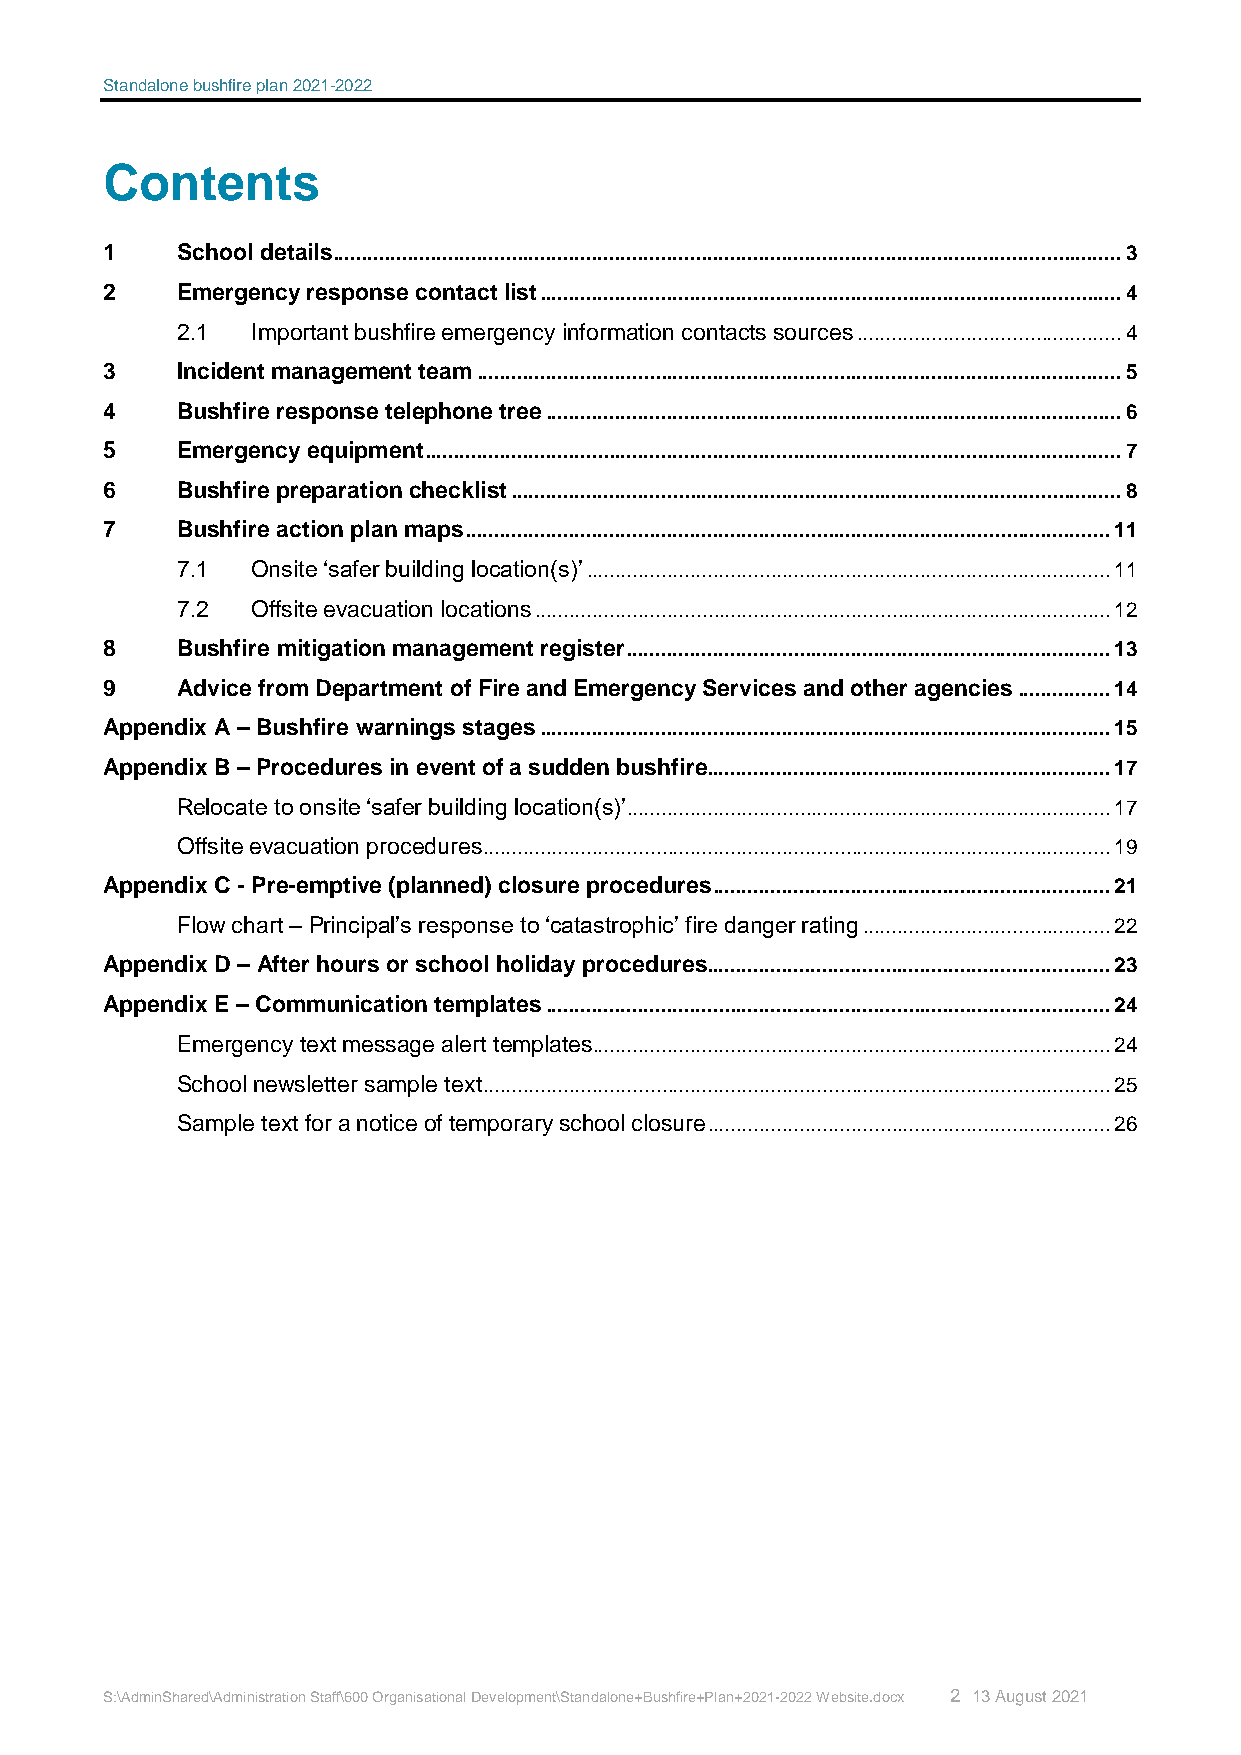
Standalone bushfire plan 2021-2022
 Contents
 1    School details ......................................................................................................................................... 3
 2    Emergency response contact list ..................................................................................................... 4
 2.1  Important bushfire emergency information contacts sources .............................................. 4
 3    Incident management team ................................................................................................................ 5
 4    Bushfire response telephone tree .................................................................................................... 6
 5    Emergency equipment ......................................................................................................................... 7
 6    Bushfire preparation checklist .......................................................................................................... 8
 7    Bushfire action plan maps ................................................................................................................ 11
 7.1  Onsite ‘safer building location(s)’ ........................................................................................... 11
 7.2  Offsite evacuation locations .................................................................................................... 12
 8    Bushfire mitigation management register .................................................................................... 13
 9    Advice from Department of Fire and Emergency Services and other agencies ................ 14
 Appendix A – Bushfire warnings stages ................................................................................................... 15
 Appendix B – Procedures in event of a sudden bushfire ...................................................................... 17
 Relocate to onsite ‘safer building location(s)’ .................................................................................... 17
 Offsite evacuation procedures ............................................................................................................. 19
 Appendix C - Pre-emptive (planned) closure procedures ..................................................................... 21
 Flow chart – Principal’s response to ‘catastrophic’ fire danger rating ........................................... 22
 Appendix D – After hours or school holiday procedures ...................................................................... 23
 Appendix E – Communication templates .................................................................................................. 24
 Emergency text message alert templates.......................................................................................... 24
 School newsletter sample text ............................................................................................................. 25
 Sample text for a notice of temporary school closure ...................................................................... 26
 S:\AdminShared\Administration Staff\600 Organisational Development\Standalone+Bushfire+Plan+2021-2022 Website.docx 2 13 August 2021